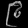
Digit: ၉